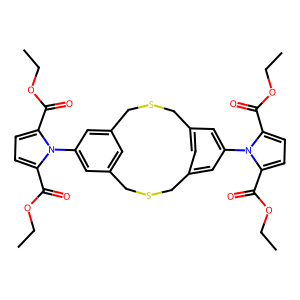
SMILES: CCOC(=O)c1ccc(C(=O)OCC)n1-c1cc2cc(c1)CSCc1cc(cc(-n3c(C(=O)OCC)ccc3C(=O)OCC)c1)CSC2
Inhibits HIV replication: No